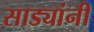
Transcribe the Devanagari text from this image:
साड्यांनी